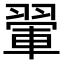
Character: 翬